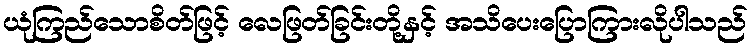
ယုံကြည်သောစိတ်ဖြင့် လေဖြတ်ခြင်းတို့နှင့် အသိပေးပြောကြားလိုပါသည်